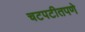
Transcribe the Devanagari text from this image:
चटपटीतपणे